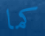
كما